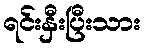
ရင်းနှီးပြီးသား